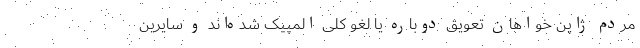
مردم ژاپن خواهان تعویق دوباره یا لغو کلی المپیک شده‌اند و سایرین